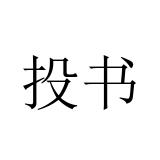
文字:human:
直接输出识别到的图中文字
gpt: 投书